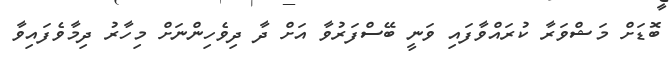
ބޮޑަށް މަޝްވަރާ ކުރައްވާފައި ވަނީ ބޭސްފަރުވާ އަށް ދާ ދިވެހިންނަށް މިހާރު ދިމާވެފައިވާ